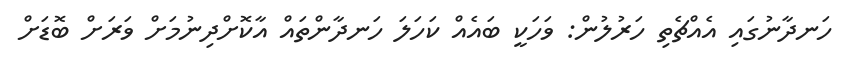
ހަނދާނުގައި އެއްޗެތި ހަރުލުން: ވަހަކީ ބައެއް ކަހަލަ ހަނދާންތައް އާކޮށްދިނުމަށް ވަރަށް ބޮޑަށް